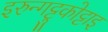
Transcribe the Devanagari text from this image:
इरुन्गट्टुकोट्टाइ